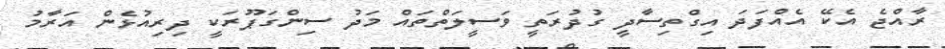
ރާއްޖެ އެކޭ އެއްފަދަ އިގްތިސާދީ ގުދުރަތީ ވަސީލަތްތައް މަދު ސިންގަޕޫރަކީ ދިރިއުޅެން އަރާމު